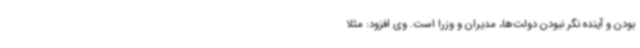
بودن و آینده نگر نبودن دولت‌ها، مدیران و وزرا است. وی افزود: مثلا